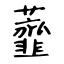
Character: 虀